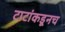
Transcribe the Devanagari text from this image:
टाटांकडूनच